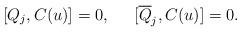
LaTeX: \begin{align*} [Q_{j}, C(u)]=0, \;\;\;\;\ [\overline{Q}_{j}, C(u)]=0.\end{align*}